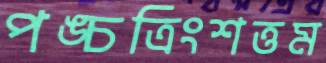
পঙ্চত্রিংশত্তম